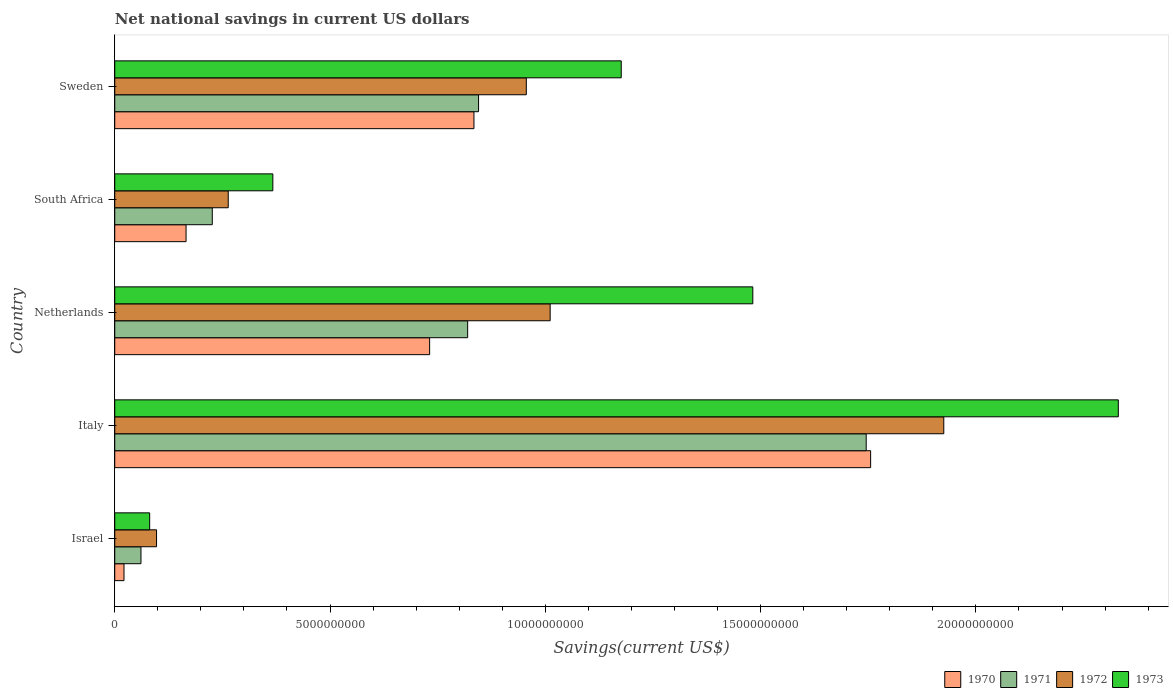
| Country | 1970 | 1971 | 1972 | 1973 |
 | --- | --- | --- | --- | --- |
 | Israel | 2.15e+08 | 6.09e+08 | 9.71e+08 | 8.11e+08 |
 | Italy | 1.76e+10 | 1.75e+10 | 1.93e+10 | 2.33e+10 |
 | Netherlands | 7.31e+09 | 8.2e+09 | 1.01e+10 | 1.48e+10 |
 | South Africa | 1.66e+09 | 2.27e+09 | 2.64e+09 | 3.67e+09 |
 | Sweden | 8.34e+09 | 8.45e+09 | 9.56e+09 | 1.18e+10 |